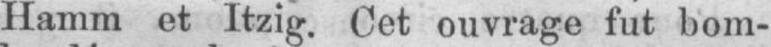
Hamm et Itzig. Cet ouvrage fut bom-